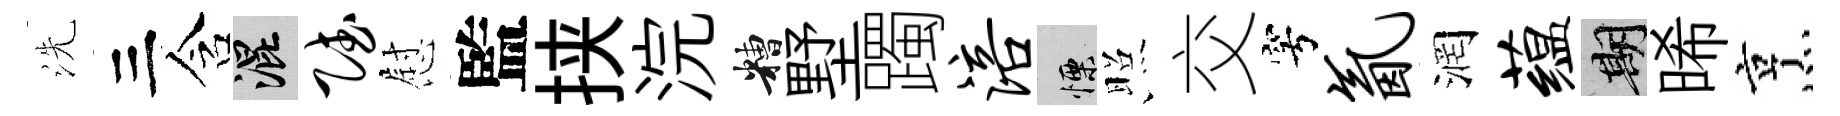
洗三含混赋慰監挟浣糟墅躅涪慄照交穹氤润蕴期晞烹